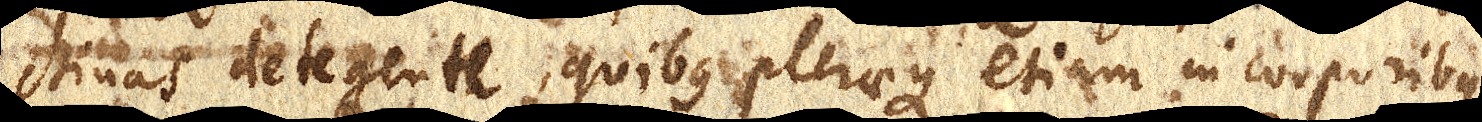
chinas detegente, quibus pleraeque etiam in corporibus